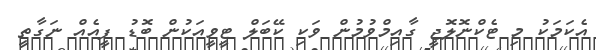
އެކަމަކު މި ޓެކްނޮލޮޖީ ގާއިމްވުމުން ވަކި ކޭބަލް ޓީވީއަކުން ބޮޑު ފީއެއް ނަގާތީ